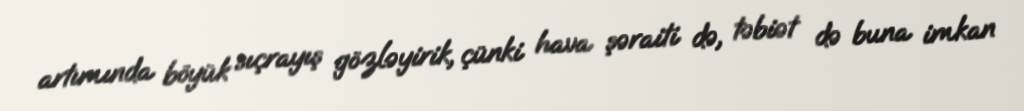
artımında böyük sıçrayış gözləyirik, çünki hava şəraiti də, təbiət də buna imkan